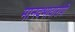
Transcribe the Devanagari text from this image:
मानवभावारोपी